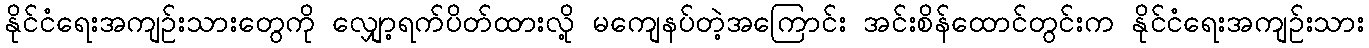
နိုင်ငံရေးအကျဉ်းသားတွေကို လျှော့ရက်ပိတ်ထားလို့ မကျေနပ်တဲ့အကြောင်း အင်းစိန်ထောင်တွင်းက နိုင်ငံရေးအကျဉ်းသား